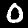
Label: 0